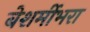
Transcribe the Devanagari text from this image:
बेशर्मीभरा